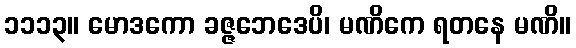
၁၁၁၃။ မောဒကော ခဇ္ဇဘေဒေပိ၊ မဏိကေ ရတနေ မဏိ။